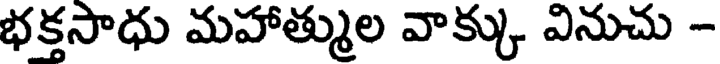
భక్తసాధు మహాత్ముల వాక్కు వినుచు -